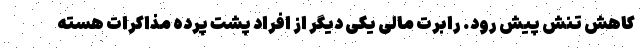
کاهش تنش پیش رود. رابرت مالی یکی دیگر از افراد پشت پرده مذاکرات هسته